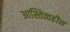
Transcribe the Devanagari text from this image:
आस्तित्वहीन